Indian journal of veterinary science and animal husbandry - Volume 12,
Year: 1942
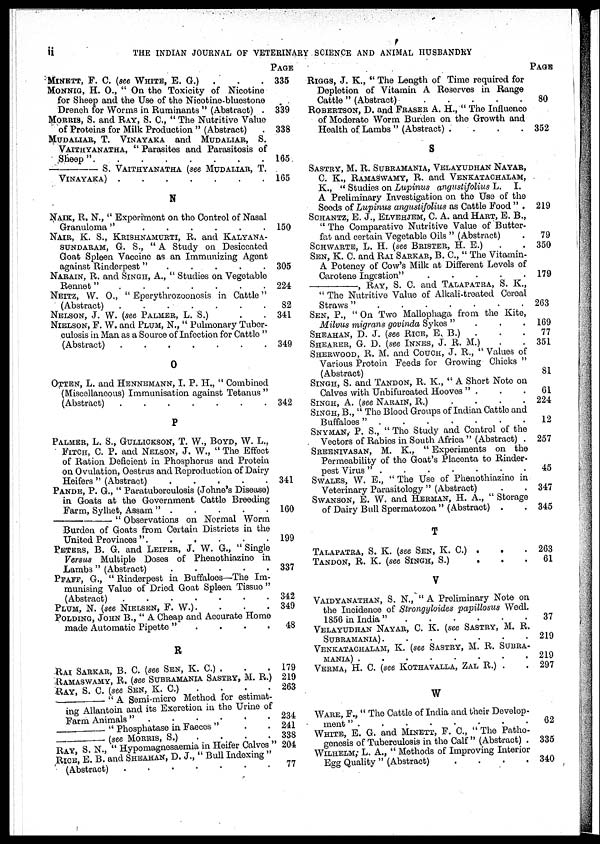
ii
THE INDIAN JOURNAL OF VETERINARY SCIENCE AND ANIMAL HUSBANDRY
MINETT, F. C. (see WHITE, E. G.) . . .
MONNIG, H. O., " On the Toxicity of Nicotine
for Sheep and the Use of the Nicotine-bluestone
Drench for Worms in Ruminants " (Abstract) .
MORRIS, S. and RAY, S. C., " The Nutritive Value
of Proteins for Milk Production " (Abstract) .
MUDALIAR, T. VINAYAKA and MUDALIAR, S.
VAITHYANATHA, " Parasites and Parasitosis of
Sheep".
.
.
.
.
.
.
.
—
S. VAITHYANATHA (see MUDALIAR, T.
VINAYAKA) . . . . . . .
N
NAIK, R. N., " Experiment on the Control of Nasal
Granuloma " . . . . . .
NAIR, K. S., KRISHNAMURTI, R. and KALYANA-
SUNDARAM, G. S., " A Study on Desiccated
Goat Spleen Vaccine as an Immunizing Agent
against Rinderpest " . . . . .
NARAIN, R. and SINGH, A., " Studies on Vegetable
Rennet " .
.
.
.
.
.
.
NEITZ, W. O., " Eperythrozoonosis in Cattle "
(Abstract)
.
.
.
.
.
.
.
NELSON, J. W. (see PALMER, L. S.) . .
NIELSON, F. W. and PLUM, N., " Pulmonary Tuber-
culosis in Man as a Source of Infection for Cattle "
(Abstract)
.
.
.
.
.
.
.
O
OTTEN, L. and HENNEMANN, I. P. H., " Combined
(Miscellaneous) Immunisation against Tetanus "
(Abstract)
.
.
.
.
.
.
.
P
PALMER, L. S., GULLICKSON, T. W., BOYD, W. L.,
FITCH, C. P. and NELSON, J. W., " The Effect
of Ration Deficient in Phosphorus and Protein
on Ovulation, Oestrus and Reproduction of Dairy
Heifers " (Abstract)
.
.
.
.
.
PANDE, P. G., " Paratuberculosis (Johne's Disease)
in Goats at the Government Cattle Breeding
Farm, Sylhet, Assam " . . . . .
—
" Observations on Normal Worm
Burden of Goats from Certain Districts in the
United Provinces ".
.
.
.
.
.
PETERS, B. G. and LEIPER, J. W. G., " Single
Versus Multiple Doses of Phenothiazine in
Lambs " (Abstract)
.
.
.
.
.
PFAFF, G., " Rinderpest in Buffaloes—The Im-
munising Value of Dried Goat Spleen Tissue "
(Abstract)
.
.
.
.
.
.
.
PLUM, N. (see NIELSEN, F. W.). . . .
POLDING, JOHN B., " A Cheap and Accurate Home
made Automatic Pipette " . . . .
R
RAI SARKAR, B. C. (see SEN, K. C.) . . .
RAMASWAMY, R. (see SUBRAMANIA SASTRY, M. R.)
RAY, S. C. (see SEN, K. C.) . . . .
— "A Semi-micro Method for estimat-
ing Allantoin and its Excretion in the Urine of
Farm Animals"
.
.
.
.
.
— " Phosphatase in Faeces " . .
— (see MORRIS, S.) . . . . .
RAY S N., " Hypomagnesaemia in Heifer Calves "
RICE, E. B. and SHEAHAN, D. J., " Bull Indexing "
(Abstract)
.
.
.
.
.
.
.
PAGE
335
339
338
165
165
150
305
224
82
341
349
342
341
160
199
337
342
349
48
179
219
263
234
241
338
204
77
RIGGS, J. K., " The Length of Time required for
Depletion of Vitamin A Reserves in Range
Cattle " (Abstract)
.
.
.
.
.
ROBERTSON, D. and FRASER A. H., " The Influence
of Moderate Worm Burden on the Growth and
Health of Lambs " (Abstract) . . . .
S
SASTRY, M. R. SUBRAMANIA, VELAYUDHAN NAYAR,
C. K., RAMASWAMY, R. and VENKATACHALAM,
K., " Studies on Lupinus
angustifolius L. I.
A Preliminary Investigation on the Use of the
Seeds of Lupinus angustifolius as Cattle Food " .
SCHANTZ, E. J., ELVEHJEM, C. A. and HART, E. B.,
" The Comparative Nutritive Value of Butter-
fat and certain Vegetable Oils " (Abstract) .
SCHWARTE, L. H. (see BRISTER, H. E.) . .
SEN, K. C. and RAI SARKAR, B. C, " The Vitamin-
A Potency of Cow's Milk at Different Levels of
Carotene Ingestion"
.
.
.
.
.
—
,
RAY, S. C. and TALAPATRA, S. K.,
" The Nutritive Value of Alkali-treated Cereal
Straws"
.
.
.
.
.
.
.
SEN, P., " On Two Mallophaga from the Kite,
Milvus migrans govinda Sykes " .
.
.
SHEAHAN, D. J. (see RICE, E. B.)
. . .
SHEARER, G. D. (see INNES, J. R. M.) . .
SHERWOOD, R. M. and COUCH, J. R., " Values of
Various Protein Feeds for Growing Chicks "
(Abstract)
SINGH, S. and TANDON, R. K., " A Short Note on
Calves with Unbifurcated Hooves " . . .
SINGH, A. (see NARAIN, R.)
.
.
.
.
SINGH, B., " The Blood Groups of Indian Cattle and
Buffaloes " .
.
.
.
.
.
.
SNYMAN, P. S., " The Study and Control of the
Vectors of Rabies in South Africa " (Abstract) .
SREENIVASAN, M. K., " Experiments on the
Permeability of the Goat's Placenta to Rinder-
pest Virus " . . . . . . .
SWALES, W. E., " The Use of Phenothiazine in
Veterinary Parasitology " (Abstract) . .
SWANSON, E. W. and HERMAN, H. A., " Storage
of Dairy Bull Spermatozoa " (Abstract) . .
T
TALAPATRA, S. K. (see SEN, K. C.) . . .
TANDON, R. K. (see SINGH, S.)
.
.
.
V
VAIDYANATHAN, S. N., "A Preliminary Note on
the Incidence of Strongyloides papillosus Wedl.
1856 in India"
.
.
.
.
.
.
VELAYUDHAN NAYAR, C. K. (see SASTRY, M. R.
SUBRAMANIA).
.
.
.
.
.
.
VENKATACHALAM, K. (see SASTRY, M. R. SUBRA-
-----) .
.
.
.
.
.
.
.
VERMA, H. C. (see KOTHAVALLA, ZAL R.) . .
W
WARE, F., " The Cattle of India and their Develop-
ment " . . . . . . . .
WHITE, E. G. and MINETT, F. C., " The Patho-
genesis of Tuberculosis in the Calf " (Abstract) .
WILHELM, L. A., " Methods of Improving Interior
Egg Quality " (Abstract)
.
.
.
.
PAGE
80
352
219
79
350
179
263
169
77
351
81
61
224
12
257
45
347
345
263
61
37
219
219
297
62
335
340